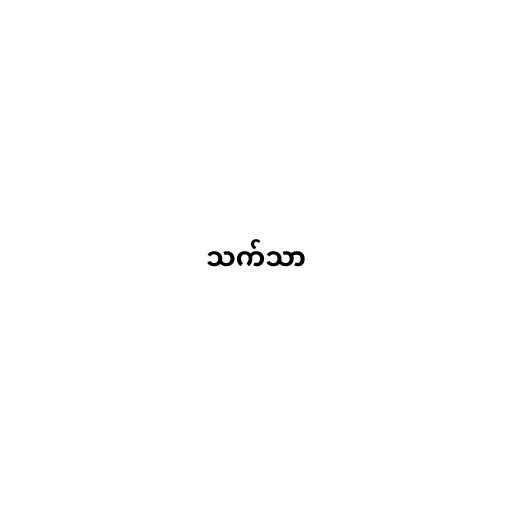
သက်သာ